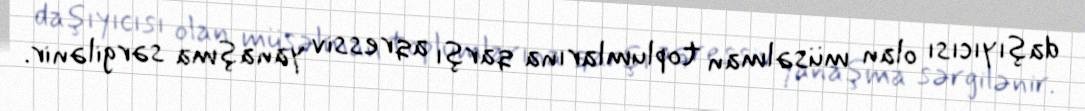
daşıyıcısı olan müsəlman toplumlarına qarşı aqressiv yanaşma sərgilənir.